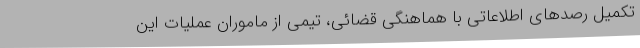
تکمیل رصدهای اطلاعاتی با هماهنگی قضائی، تیمی از ماموران عملیات این